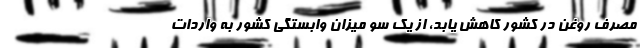
مصرف روغن در کشور کاهش یابد، از یک سو میزان وابستگی کشور به واردات